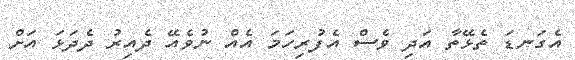
އެގަނޑަ ތެޅޭތާ އަދި ވެސް އެފުރިހަމަ އެއް ނުވެއޭ ދެއިރު ދެދަޅަ އަށް